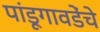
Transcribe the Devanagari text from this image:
पांडूगावडेंचे